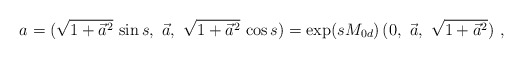
\begin{align*}a = (\sqrt{1+\vec{a}^2}\,\sin s,\ \vec{a},\ \sqrt{1+\vec{a}^2}\,\cos s) =\exp(s M_{0d})\,(0,\ \vec{a},\ \sqrt{1+\vec{a}^2})\ ,\end{align*}